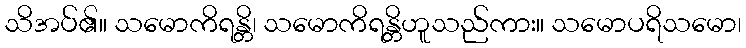
သိအပ်၏။ သမောကိရန္တိ၊ သမောကိရန္တိဟူသည်ကား။ သမောပရိသမော၊